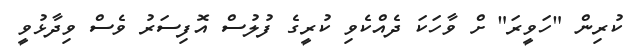
ކުރިން "ހަވީރަ" ށް ވާހަކަ ދެއްކެވި ކުރީގެ ފުލުސް އޮފިސަރު ވެސް ވިދާޅުވީ